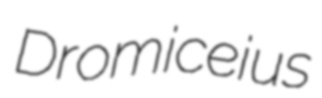
Dromiceius